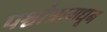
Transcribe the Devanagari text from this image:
पश्चांत्रामधून